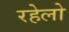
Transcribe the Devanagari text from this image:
रहेलो